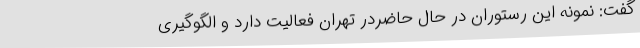
گفت: نمونه این رستوران در حال حاضردر تهران فعالیت دارد و الگوگیری